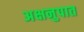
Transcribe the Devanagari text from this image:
अक्षनुपात